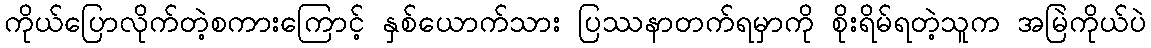
ကိုယ်ပြောလိုက်တဲ့စကားကြောင့် နှစ်ယောက်သား ပြဿနာတက်ရမှာကို စိုးရိမ်ရတဲ့သူက အမြဲကိုယ်ပဲ